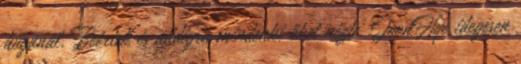
húgánál. Beértek és addigra mindenki őket nézte. JoonHye idegesen